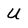
Character: U